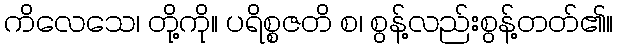
ကိလေသေ၊ တို့ကို။ ပရိစ္စဇတိ စ၊ စွန့်လည်းစွန့်တတ်၏။